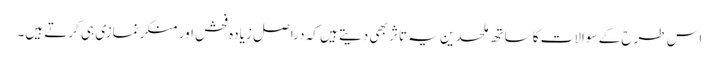
اس طرح کے سوالات کا ساتھ ملحدین یہ تاثر بھی دیتے ہیں کہ دراصل زیادہ فحش اور منکر نمازی ہی کرتے ہیں۔